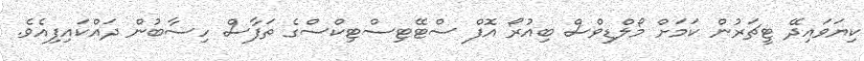
ކިޔަވައިދޭ ޓީޗަރުން ކަމަށް މޯލްޑިވްސް ބިއުރޯ އޮފް ސްޓޭޓިސްޓިކްސްގެ ތަފާސް ހިސާބުން ދައްކައިފިއެވެ.